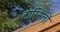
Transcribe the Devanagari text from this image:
टान्सिलों